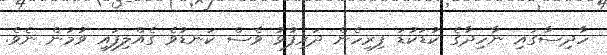
ހާދިސާގައި ނާހިދާގެ ކުޑަކުޑަ ފިރިހެން ދަރިފުޅު ވެސް ކަނޑުވެ ގެއްލިފައި ވުމުން ނެެވެ.